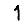
Digit: 1